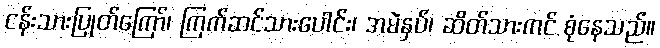
ငန်းသားပြုတ်ကြော်၊ ကြက်ဆင်သားပေါင်း၊ အမဲနှပ်၊ ဆိတ်သားကင် စုံနေသည်။